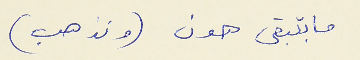
ما بتبقى هون (وتذهب)